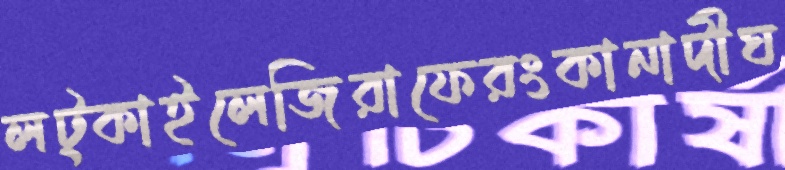
লট্‌কাইলেজিরাফেরংকানাদীঘ